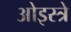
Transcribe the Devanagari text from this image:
ओइस्त्रे